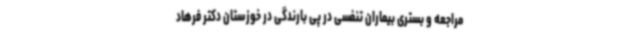
مراجعه و بستری بیماران تنفسی در پی بارندگی در خوزستان دکتر فرهاد